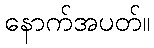
နောက်အပတ်။